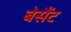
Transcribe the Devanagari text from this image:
बेसैंट